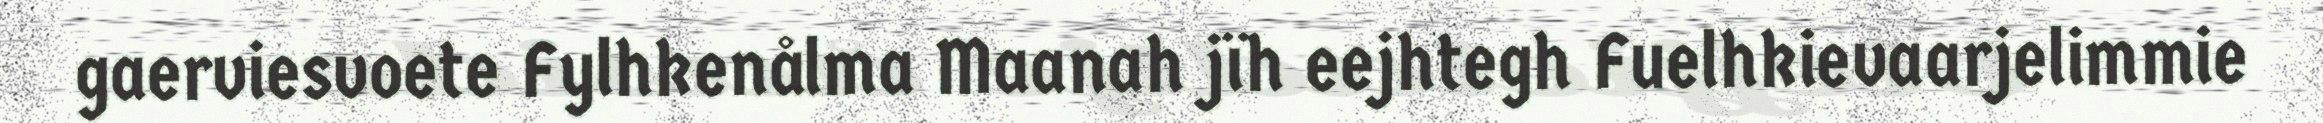
gaerviesvoete Fylhkenålma Maanah jïh eejhtegh Fuelhkievaarjelimmie